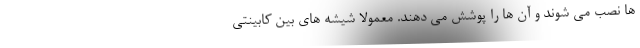
ها نصب می شوند و آن ها را پوشش می دهند. معمولا شیشه های بین کابینتی